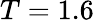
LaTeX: T=1.6